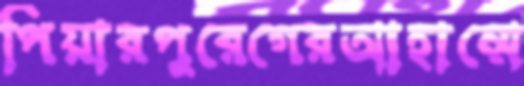
পিয়ারপুরেগেরআহাম্মে